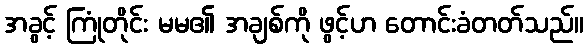
အခွင့် ကြုံတိုင်း မမ၏ အချစ်ကို ဖွင့်ဟ တောင်းခံတတ်သည်။